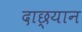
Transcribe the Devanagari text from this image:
दाछ्यान